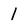
Character: 1